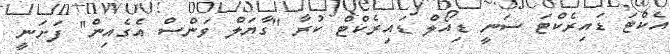
އެކްޓަ ޑައިރެކްޓަ ސަނީ ޑިއޯލް ޑައިރެކްޓް ކުރާ ''ގާޔަލް ވަންސް އެގެއިން'' ފަށަނީ